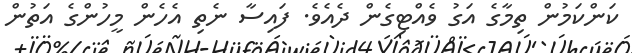
ކަންކަމުން ތިމާގެ އަގު ވެއްޓިގެން ދެއެވެ. ފައިސާ ނެތި އެހެން މީހުންގެ އަތުން